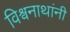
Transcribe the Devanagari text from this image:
विश्वनाथांनी